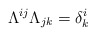
\begin{align*}\Lambda^{ij} \Lambda_{jk} = \delta^i_k\end{align*}